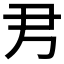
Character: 𡰧